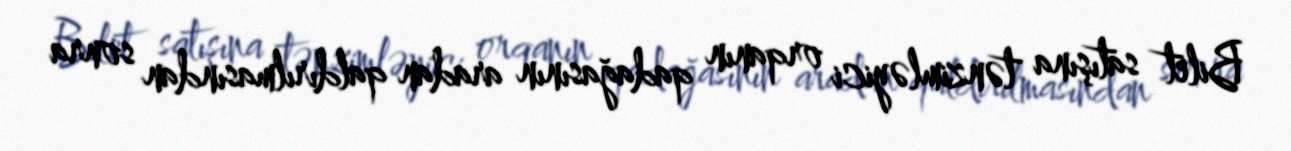
Bilet satışına tənzimləyici orqanın qadağasının aradan qaldırılmasından sonra